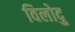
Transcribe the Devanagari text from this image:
विलोदु